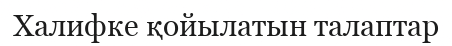
Халифке қойылатын талаптар